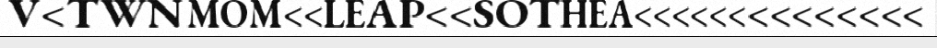
V<TWNMOM<<LEAP<<SOTHEA<<<<<<<<<<<<<<